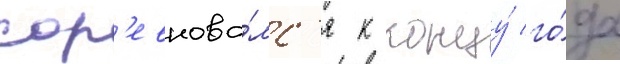
сор'евнова́лс'я к концу́ го́да